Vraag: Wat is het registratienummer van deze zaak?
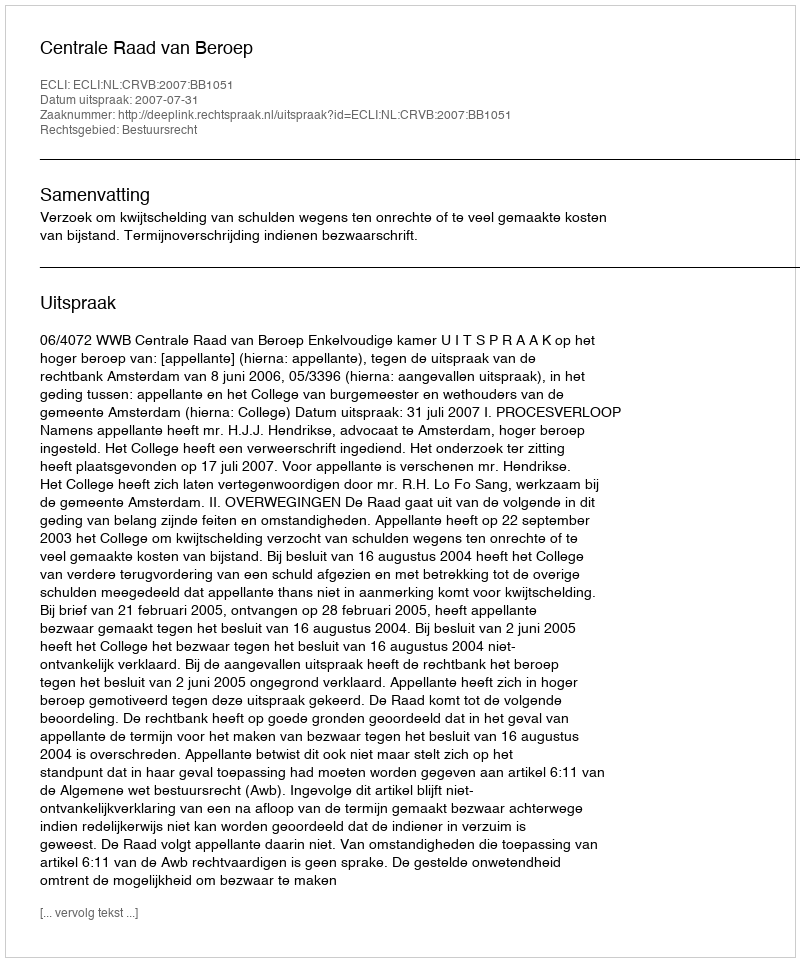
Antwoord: http://deeplink.rechtspraak.nl/uitspraak?id=ECLI:NL:CRVB:2007:BB1051